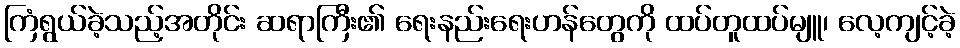
ကြံရွယ်ခဲ့သည့်အတိုင်း ဆရာကြီး၏ ရေးနည်းရေးဟန်တွေကို ထပ်တူထပ်မျူ၊ လေ့ကျင့်ခဲ့